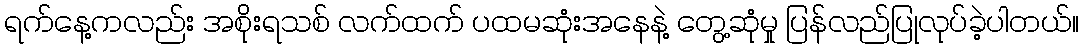
ရက်နေ့ကလည်း အစိုးရသစ် လက်ထက် ပထမဆုံးအနေနဲ့ တွေ့ဆုံမှု ပြန်လည်ပြုလုပ်ခဲ့ပါတယ်။